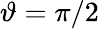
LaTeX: \vartheta=\pi/2